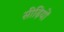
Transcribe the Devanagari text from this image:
सीढ़ियों